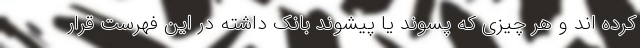
کرده اند و هر چیزی که پسوند یا پیشوند بانک داشته در این فهرست قرار